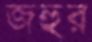
জহুর